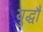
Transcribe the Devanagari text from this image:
युद्धौं